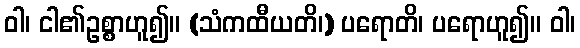
ဝါ၊ ငါ၏ဥစ္စာဟူ၍။ (သံကထီယတိ၊) ပရောတိ၊ ပရောဟူ၍။ ဝါ၊